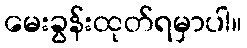
မေးခွန်းထုတ်ရမှာပါ။